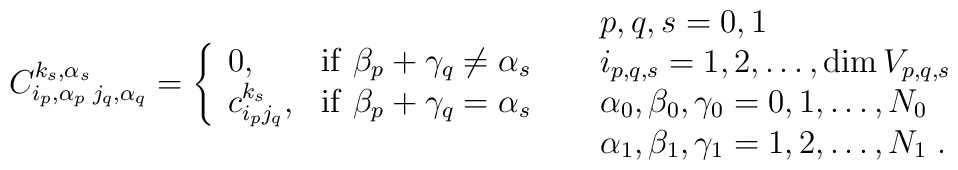
C_{i_{ p},\alpha_p \; j_{ q},\alpha_q}^{k_{ s},\alpha_s}= \left\{\begin{array}{lll} 0, &\mathrm{if} \ \beta_p + \gamma_q \neq \alpha_s  \\c_{i_{ p}j_{ q}}^{k_{s}}, & \mathrm{if} \ \beta_p + \gamma_q =\alpha_s  \end{array} \right. \quad \begin{array}{l}p,q,s=0,1 \\i_{p,q,s}=1,2,\ldots, \textrm{dim} \, V_{p,q,s} \\\alpha_0,\beta_0,\gamma_0=0,1, \ldots, N_0 \\\alpha_1,\beta_1,\gamma_1=1,2, \ldots, N_1 \;  .\end{array}